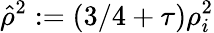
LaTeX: \hat{\rho}^{2}:=(3/4+\tau)\rho_{i}^{2}